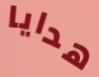
هدايا